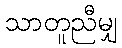
သာတူညီမျှ